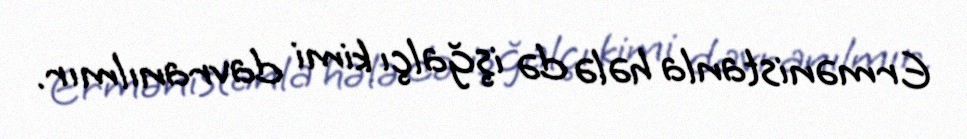
Ermənistanla hələ də işğalçı kimi davranılmır.